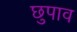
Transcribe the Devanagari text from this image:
छुपाव